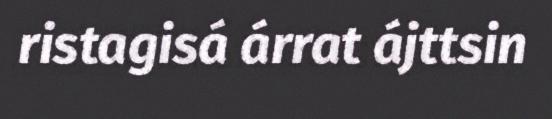
ristagisá árrat ájttsin